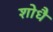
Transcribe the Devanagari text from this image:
शोधै